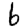
Digit: 6